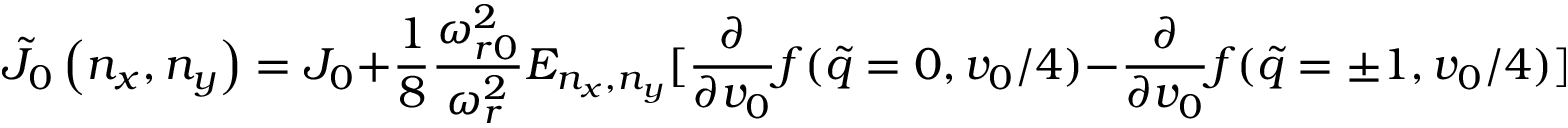
\tilde { J } _ { 0 } \left( n _ { x } , n _ { y } \right) = J _ { 0 } + \frac { 1 } { 8 } \frac { \omega _ { r 0 } ^ { 2 } } { \omega _ { r } ^ { 2 } } E _ { n _ { x } , n _ { y } } [ \frac { \partial } { \partial v _ { 0 } } f ( \tilde { q } = 0 , v _ { 0 } / 4 ) - \frac { \partial } { \partial v _ { 0 } } f ( \tilde { q } = \pm 1 , v _ { 0 } / 4 ) ] .